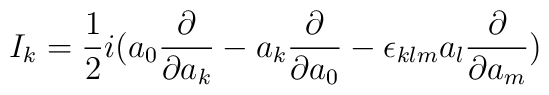
I_k= \frac{1}{2} i( a_0 \frac{\partial}{\partial a_k} - a_k \frac{\partial}{\partial a_0} -\epsilon_{klm} a_l \frac{\partial}{\partial a_m})